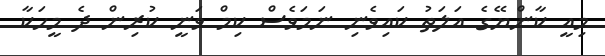
މިއީ ކާންޔޭގެ އަލަތު ކައިވެނި ނަމަވެސް ކިމް ވަނީ ކުރިން ދެ މީހަކާ